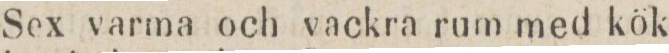
Sex varma och vackra rum med kök